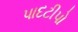
પાદટીપો